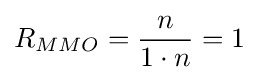
R_{MMO}={\frac {n}{1\cdot n}}=1